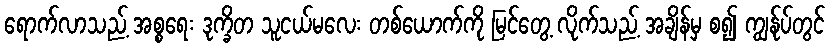
ရောက်လာသည့် အစ္စရေး ဒုက္ခိတ သူငယ်မလေး တစ်ယောက်ကို မြင်တွေ့ လိုက်သည့် အချိန်မှ စ၍ ကျွန်ုပ်တွင်